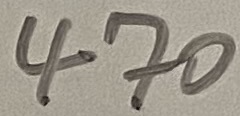
Text: 470